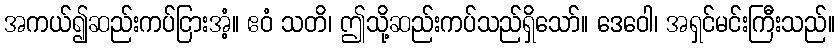
အကယ်၍ဆည်းကပ်ငြားအံ့။ ဧဝံ သတိ၊ ဤသို့ဆည်းကပ်သည်ရှိသော်။ ဒေဝေါ၊ အရှင်မင်းကြီးသည်။